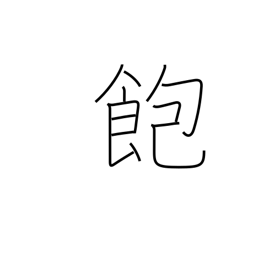
Meaning: tired of